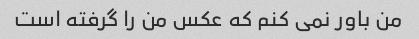
من باور نمی کنم که عکس من را گرفته است